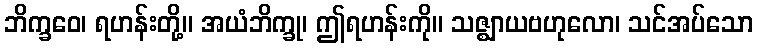
ဘိက္ခဝေ၊ ရဟန်းတို့။ အယံဘိက္ခု၊ ဤရဟန်းကို။ သဇ္ဈာယဗဟုလော၊ သင်အပ်သော